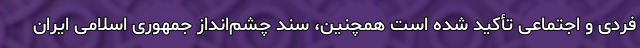
فردی و اجتماعی تأکید شده است همچنین، سند چشم‌انداز جمهوری اسلامی ایران